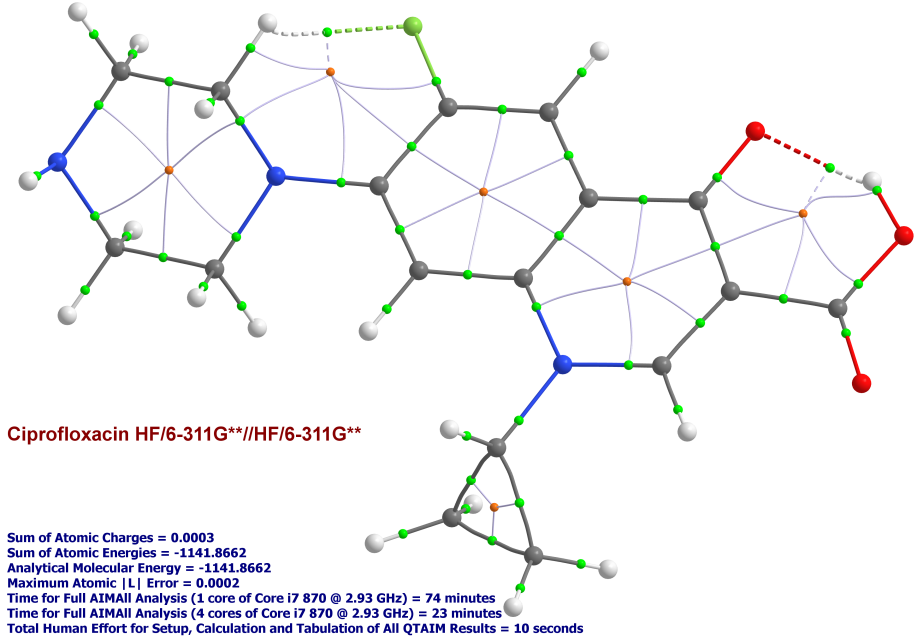
aimaii, QTAIM,critical points